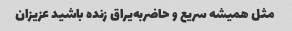
مثل همیشه سریع و حاضربه‌یراق زنده باشید عزیزان